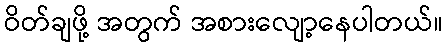
ဝိတ်ချဖို့ အတွက် အစားလျော့နေပါတယ်။